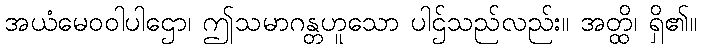
အယံမေဝဝါပါဌော၊ ဤသမာဂန္တဟူသော ပါဌ်သည်လည်း။ အတ္ထိ၊ ရှိ၏။